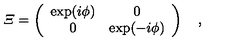
{ \mit \Xi } = \left( \begin{array} { c c } { \exp ( i \phi ) } & { 0 } \\ { 0 } & { \exp ( - i \phi ) } \\ \end{array} \right) \quad ,